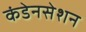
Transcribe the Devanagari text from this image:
कंडेनसेशन